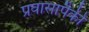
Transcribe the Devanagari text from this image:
प्रवासापैकी